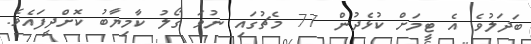
ބަދަލުވެ އެ ޓީމަށް ކުޅެދުން 77 މެޗުގައި ނުވަ ގޯލު ކާމިޔާބު ކޮށްދީފައެވެ.